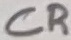
Text: CR